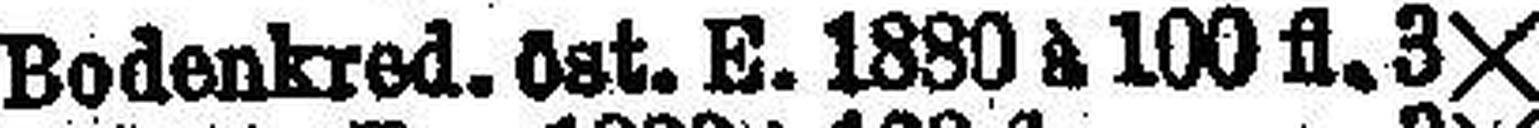
Bodenkred. öst. E. 1880 à 100 fl. 3X